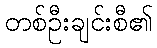
တစ်ဦးချင်းစီ၏